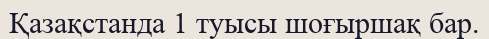
Қазақстанда 1 туысы шоғыршақ бар.